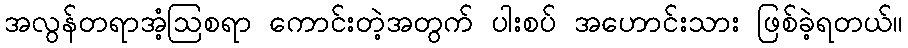
အလွန်တရာအံ့ဩစရာ ကောင်းတဲ့အတွက် ပါးစပ် အဟောင်းသား ဖြစ်ခဲ့ရတယ်။